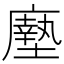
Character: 𫸃